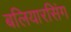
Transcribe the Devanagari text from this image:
बलियारसिंग